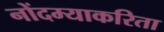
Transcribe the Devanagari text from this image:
नोंदम्याकरिता